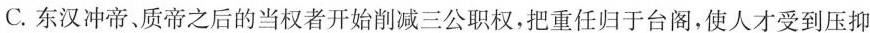
C.东汉冲帝，质帝之后的当权者开始削减三公职权，把重任归于台阁，使人才受到压抑